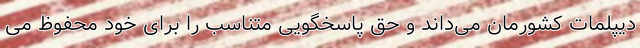
دیپلمات کشورمان می‌داند و حق پاسخگویی متناسب را برای خود محفوظ می